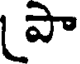
పా